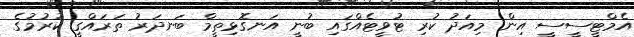
އެމްޓީސީސީ އިން މިއަދު ކުރި ޓުވީޓެއްގައި ބުނީ އަނގޮޅިތީމް ބަނދަރު ތަރައްގީ ކުރުމުގެ